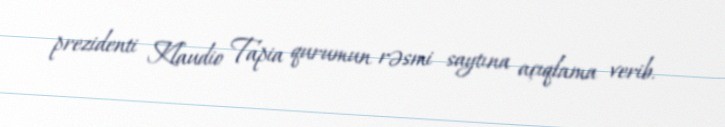
prezidenti Klaudio Tapia qurumun rəsmi saytına açıqlama verib.